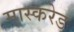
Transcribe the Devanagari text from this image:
मास्करेड